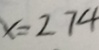
x = 2 7 4